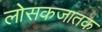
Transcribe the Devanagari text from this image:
लोसकजातक